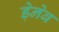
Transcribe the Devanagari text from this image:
ड़ेनेब